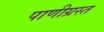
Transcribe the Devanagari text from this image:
पाणीग्रस्त